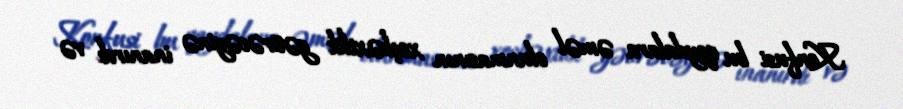
Konfusi bu qaydalara əməl olunmasının xoşbəxtlik gətirəcəyinə inanırdı və